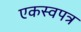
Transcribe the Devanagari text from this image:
एकस्वपत्र